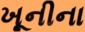
ખૂનીના